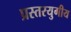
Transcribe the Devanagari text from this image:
प्रस्तरयुगीय